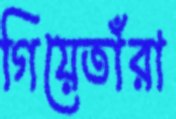
গিয়েতাঁরা